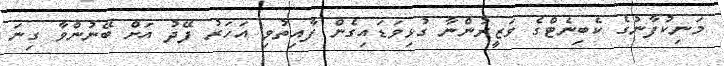
މަނިކުފާނުގެ ކެބިނެޓްގެ ވަޒީރުންނާ ގުޅިވަޑައިގެން ފާއިތުވި އަހަރު ފޭދު އަށް ބޭނުންވާ ގިނަ